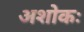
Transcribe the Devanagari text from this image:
अशोकः